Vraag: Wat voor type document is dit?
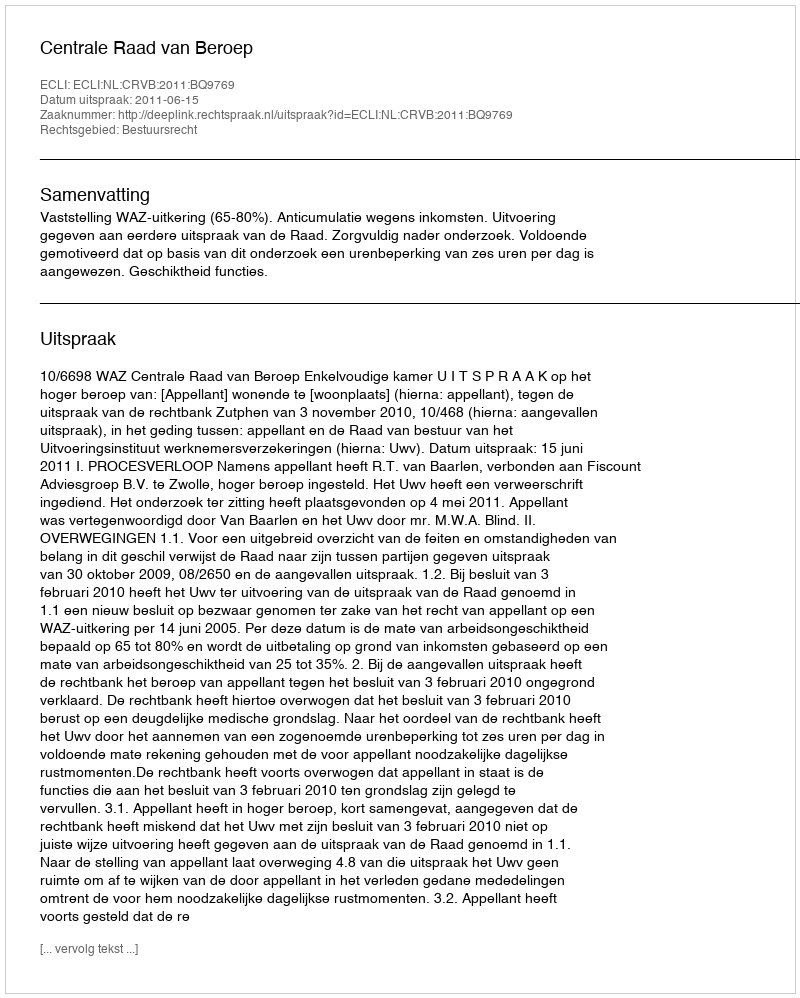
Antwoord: Uitspraak